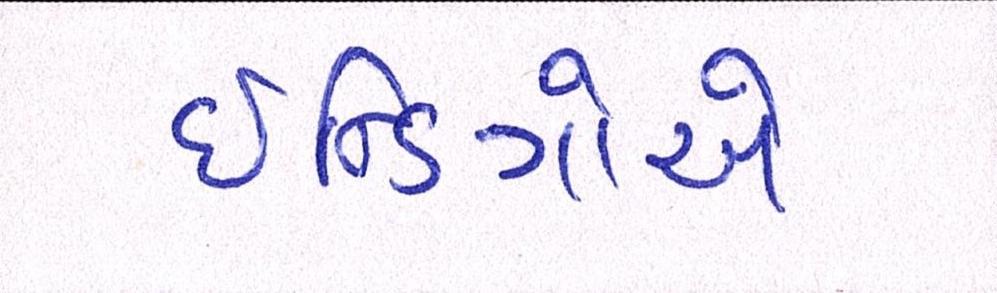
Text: ઇન્ડિગોએ